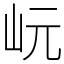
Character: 岏